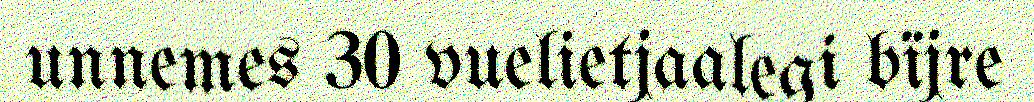
unnemes 30 vuelietjaalegi bïjre